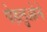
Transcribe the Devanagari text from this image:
पेहलुओने